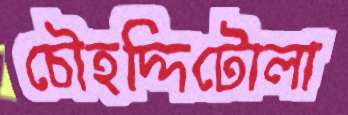
চৌহদ্দিটোলা